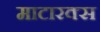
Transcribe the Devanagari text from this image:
माटारक्स